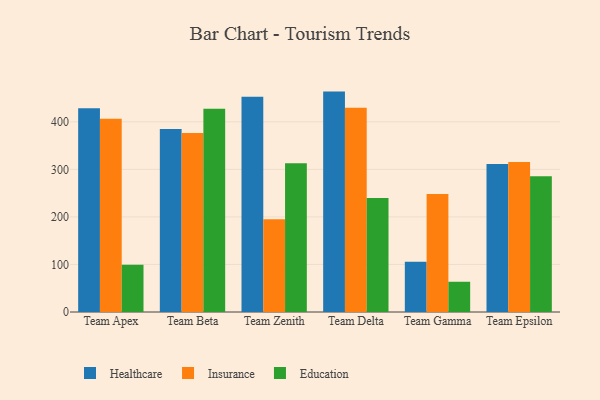
{"axis": {"x": "Team", "y": "Conversion Rate (%)"}, "legend": ["Education", "Healthcare", "Insurance"], "data": [{"x": "Team Apex", "y": 428.4, "type": "Healthcare"}, {"x": "Team Apex", "y": 406.4, "type": "Insurance"}, {"x": "Team Apex", "y": 99.4, "type": "Education"}, {"x": "Team Beta", "y": 384.7, "type": "Healthcare"}, {"x": "Team Beta", "y": 376.2, "type": "Insurance"}, {"x": "Team Beta", "y": 427.2, "type": "Education"}, {"x": "Team Zenith", "y": 452.6, "type": "Healthcare"}, {"x": "Team Zenith", "y": 195.1, "type": "Insurance"}, {"x": "Team Zenith", "y": 312.6, "type": "Education"}, {"x": "Team Delta", "y": 463.5, "type": "Healthcare"}, {"x": "Team Delta", "y": 429.3, "type": "Insurance"}, {"x": "Team Delta", "y": 239.5, "type": "Education"}, {"x": "Team Gamma", "y": 105.6, "type": "Healthcare"}, {"x": "Team Gamma", "y": 248.2, "type": "Insurance"}, {"x": "Team Gamma", "y": 63.6, "type": "Education"}, {"x": "Team Epsilon", "y": 311.4, "type": "Healthcare"}, {"x": "Team Epsilon", "y": 315.3, "type": "Insurance"}, {"x": "Team Epsilon", "y": 285.7, "type": "Education"}]}